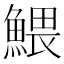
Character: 鰃